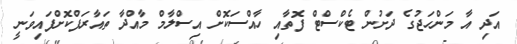
އަދި އާ މަންހަޖުގެ ދަށުން ޓެކްސްޓް ފޮތާއި ހާއްސަކޮށް އިސްލާމް މާއްދާ ތައާރަފްކޮށްފައިވަނީ